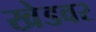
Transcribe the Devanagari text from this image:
खेडवर